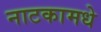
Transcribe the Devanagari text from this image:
नाटकामधे